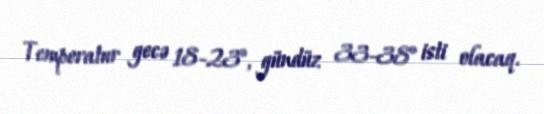
Temperatur gecə 18-23°, gündüz 33-38° isti olacaq.